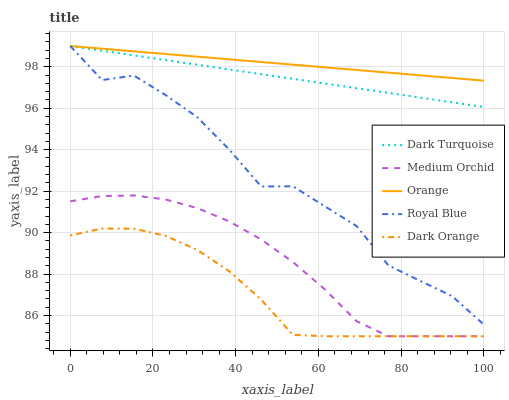
| xaxis_label | Dark Turquoise | Medium Orchid | Orange | Royal Blue | Dark Orange |
 | --- | --- | --- | --- | --- | --- |
 | 0 | 99 | 91.5 | 99 | 99 | 89.9 |
 | 7.69 | 98.8 | 91.8 | 98.9 | 97.4 | 90.2 |
 | 15.4 | 98.5 | 91.8 | 98.7 | 97.6 | 90.2 |
 | 23.1 | 98.3 | 91.6 | 98.6 | 96.6 | 89.8 |
 | 30.8 | 98.1 | 91.2 | 98.5 | 95.6 | 89.2 |
 | 38.5 | 97.9 | 90.5 | 98.4 | 94 | 88.1 |
 | 46.2 | 97.6 | 89.7 | 98.2 | 92.2 | 86.8 |
 | 53.8 | 97.4 | 88.6 | 98.1 | 92.2 | 85.1 |
 | 61.5 | 97.2 | 87.3 | 98 | 91.3 | 85 |
 | 69.2 | 97 | 85.7 | 97.8 | 90.3 | 85 |
 | 76.9 | 96.7 | 85 | 97.7 | 88.4 | 85 |
 | 84.6 | 96.5 | 85 | 97.6 | 87.7 | 85 |
 | 92.3 | 96.3 | 85 | 97.5 | 86.9 | 85 |
 | 100 | 96.1 | 85 | 97.3 | 85.6 | 85 |